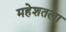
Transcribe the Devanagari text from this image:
महेशतला